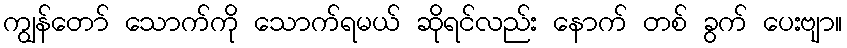
ကျွန်တော် သောက်ကို သောက်ရမယ် ဆိုရင်လည်း နောက် တစ် ခွက် ပေးဗျာ။